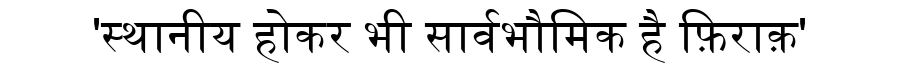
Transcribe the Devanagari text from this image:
'स्थानीय होकर भी सार्वभौमिक है फ़िराक़'